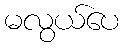
မလွယ်ပေ